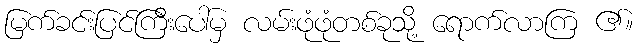
မြက်ခင်းပြင်ကြီးပေါ်မှ လမ်းဖုံဖုံတစ်ခုသို့ ရောက်လာကြ ၏။